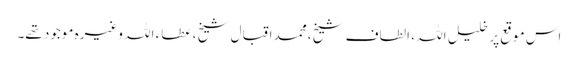
اس موقع پر خلیل اللہ ، الطاف شیخ ،محمد اقبال شیخ ، عطاء اللہ وغیرہ موجود تھے۔